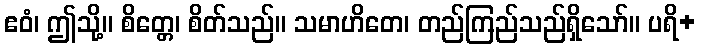
ဧဝံ၊ ဤသို့။ စိတ္တေ၊ စိတ်သည်။ သမာဟိတေ၊ တည်ကြည်သည်ရှိသော်။ ပရိ+